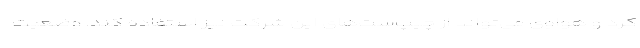
کرد و هواوی می‌تواند از چیپ‌ست‌های این شرکت نیز استفاده کند. وضعیت